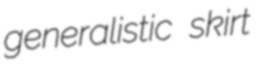
generalistic skirt